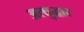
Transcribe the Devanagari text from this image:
अत्थुद्धार